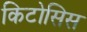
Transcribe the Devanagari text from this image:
किटोसिस